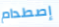
إصطدام